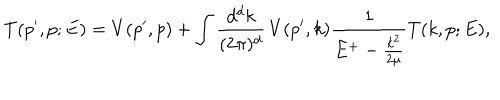
LaTeX: T ( p ^ { \prime } , p ; E ) = V ( p ^ { \prime } , p ) + \int \frac { d ^ { d } k } { ( 2 \pi ) ^ { d } } \, V ( p ^ { \prime } , k ) \frac { 1 } { E ^ { + } - \frac { k ^ { 2 } } { 2 \mu } } T ( k , p ; E ) ,